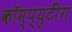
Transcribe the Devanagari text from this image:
कॉम्प्युटींग